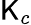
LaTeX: \mathsf{K}_{c}